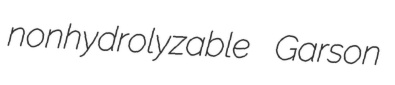
nonhydrolyzable Garson